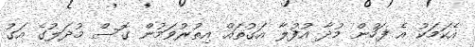
އެކަމަކު އެ ފަހުން މުދާ އުފުލާ އަގުތައް އިތުރުވަމުން ގޮސް މުދަލުގެ އަގު